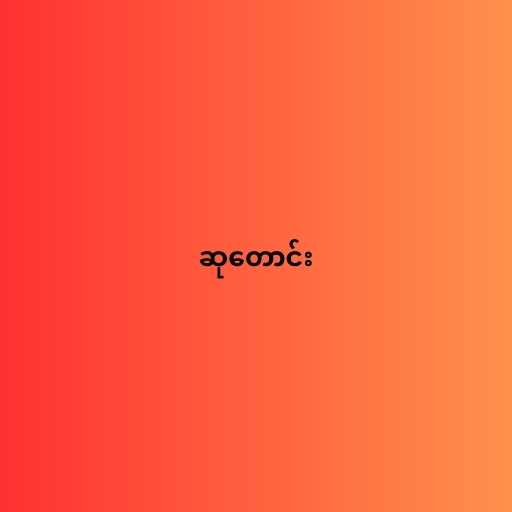
ဆုတောင်း